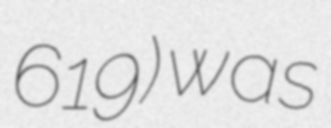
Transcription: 619) was